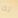
به